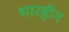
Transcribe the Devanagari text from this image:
भारहीन